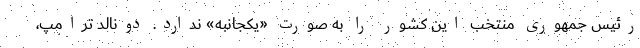
رئیس جمهوری منتخب این کشور را به صورت «یکجانبه» ندارد. دونالد ترامپ،